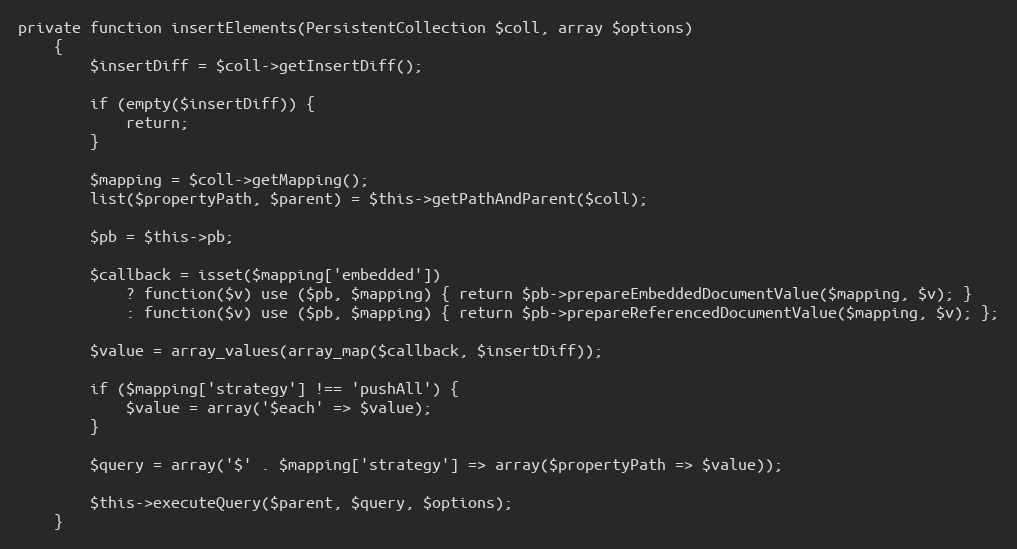
Language: PHP
private function insertElements(PersistentCollection $coll, array $options)
    {
        $insertDiff = $coll->getInsertDiff();

        if (empty($insertDiff)) {
            return;
        }

        $mapping = $coll->getMapping();
        list($propertyPath, $parent) = $this->getPathAndParent($coll);

        $pb = $this->pb;

        $callback = isset($mapping['embedded'])
            ? function($v) use ($pb, $mapping) { return $pb->prepareEmbeddedDocumentValue($mapping, $v); }
            : function($v) use ($pb, $mapping) { return $pb->prepareReferencedDocumentValue($mapping, $v); };

        $value = array_values(array_map($callback, $insertDiff));

        if ($mapping['strategy'] !== 'pushAll') {
            $value = array('$each' => $value);
        }

        $query = array('$' . $mapping['strategy'] => array($propertyPath => $value));

        $this->executeQuery($parent, $query, $options);
    }